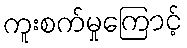
ကူးစက်မှုကြောင့်